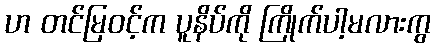
ဟ တင်မြဝင့်က ပူနိပ်ကို ကြိုက်ပါ့မလားကွ